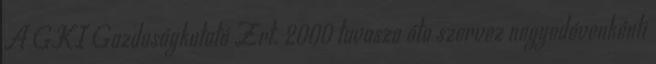
A GKI Gazdaságkutató Zrt. 2000 tavasza óta szervez negyedévenkénti